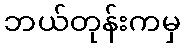
ဘယ်တုန်းကမှ